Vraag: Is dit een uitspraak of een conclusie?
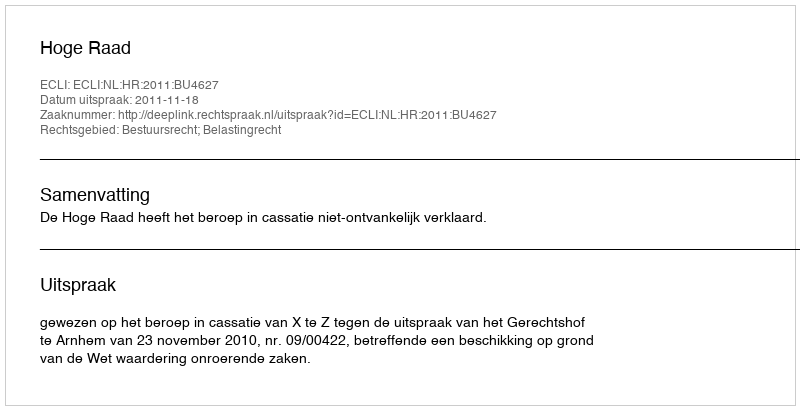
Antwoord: Uitspraak